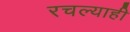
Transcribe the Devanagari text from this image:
रचल्याही